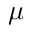
\mu